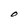
Character: O